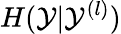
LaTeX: H(\mathcal{Y}|\mathcal{Y}^{(l)})